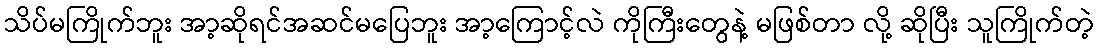
သိပ်မကြိုက်ဘူး အာ့ဆိုရင်အဆင်မပြေဘူး အာ့ကြောင့်လဲ ကိုကြီးတွေနဲ့ မဖြစ်တာ လို့ ဆိုပြီး သူကြိုက်တဲ့